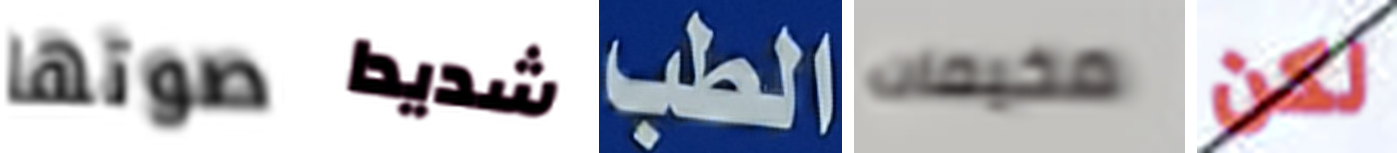
صوتها شديدا الطب مخيمات لكن